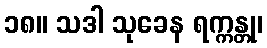
၁၈။ သဒါ သုခေန ရက္ကန္တု၊